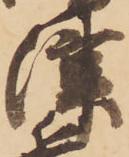
津